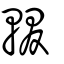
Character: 輟